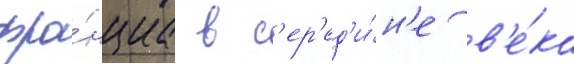
фра́нциа в с'ер'ед'и́н'е в'е́ка